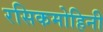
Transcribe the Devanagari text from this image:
रसिकमोहिनी